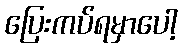
ပြေးကပ်ရမှာပေါ့